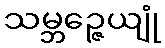
သမ္ဘဉ္ဇေယျုံ